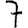
Digit: 7